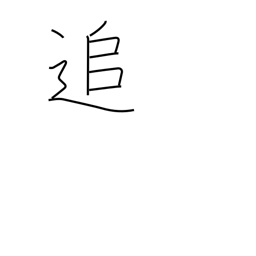
Meaning: meanwhile